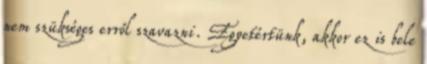
nem szükséges erről szavazni. Egyetértünk, akkor ez is bele